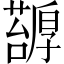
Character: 𠫅